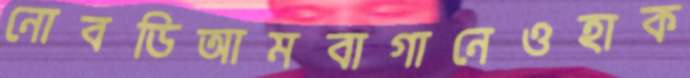
নোবডিআমবাগানেওহাক